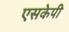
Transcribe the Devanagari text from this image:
एसकेपी